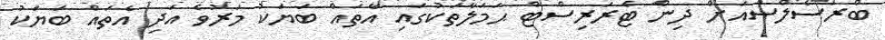
ބްރަސެލްސްއަށް ދިން ޓެރަރިސްޓް ޙަމަލާތަކުގައި އެތައް ބަޔަކު މަރުވެ އަދި އެތައް ބަޔަކު